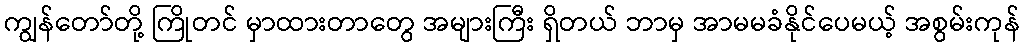
ကျွန်တော်တို့ ကြိုတင် မှာထားတာတွေ အများကြီး ရှိတယ် ဘာမှ အာမမခံနိုင်ပေမယ့် အစွမ်းကုန်